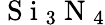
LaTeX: \mathrm{~S~i~}_{3}\mathrm{~N~}_{4}